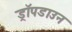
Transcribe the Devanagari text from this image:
ड्रॉपडाउन